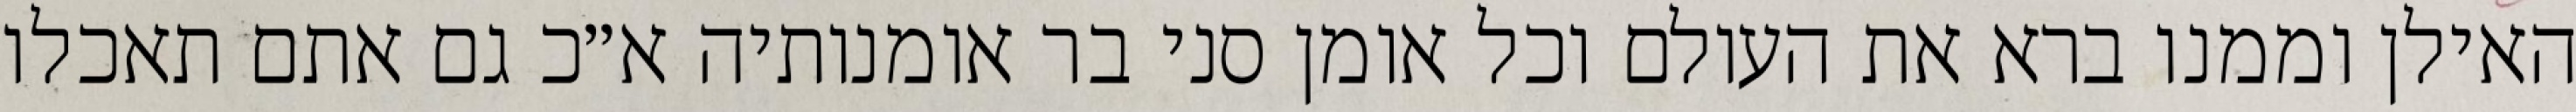
האילן וממנו ברא את העולם וכל אומן סני בר אומנותיה א״כ גם אתם תאכלו